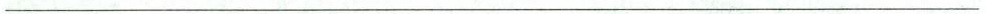
___